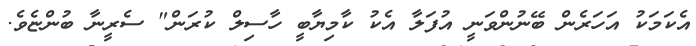
އެކަމަކު އަހަރެން ބޭނުންވަނީ އުފަލާ އެކު ކާމިޔާބީ ހާސިލް ކުރަން" ސެރީނާ ބުންޏެވެ.